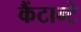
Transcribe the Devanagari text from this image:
कैंटान्टे